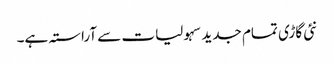
نئی گاڑی تمام جدید سہولیات سے آراستہ ہے۔